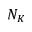
N _ { K }